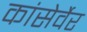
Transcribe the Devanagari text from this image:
कांसेर्वेर